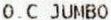
O.C JUMBO